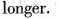
longer.